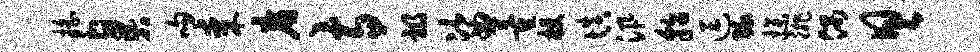
摇臭吻某廉寺祸姿董梗填汛貂逗绿操徘偶具